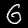
Label: 6